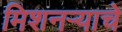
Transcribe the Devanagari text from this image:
मिशनर्‍याचे